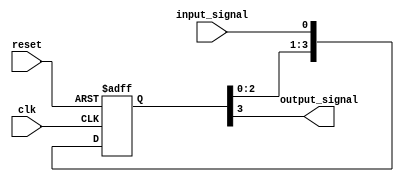
module synchronizer(
    input wire clk,
    input wire reset,
    input wire input_signal,
    output reg output_signal
);

reg [3:0] data;

always @(posedge clk or posedge reset) begin
    if (reset)
        data <= 4'b0;
    else
        data <= {data[2:0], input_signal};
end

assign output_signal = data[3];

endmodule